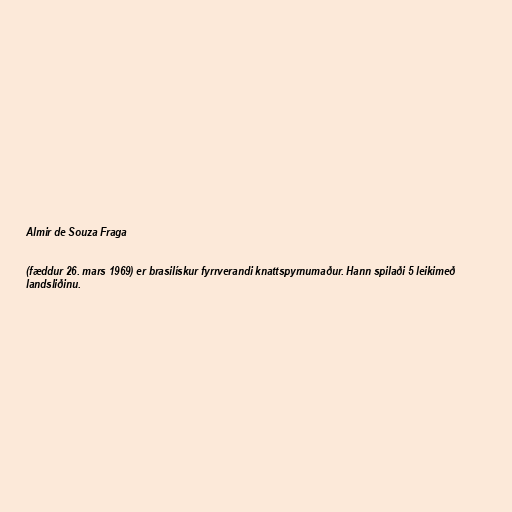
Almir de Souza Fraga

(fæddur 26. mars 1969) er brasilískur fyrrverandi knattspyrnumaður. Hann spilaði 5 leikimeð
landsliðinu.